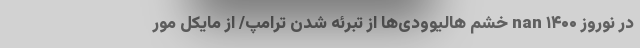
در نوروز ۱۴۰۰ nan خشم هالیوودی‌ها از تبرئه شدن ترامپ/ از مایکل مور